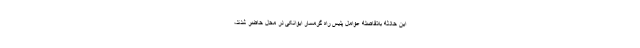
این حادثه بلافاصله عوامل پلیس راه گرمسار ایوانکی در محل حاضر شدند،